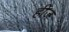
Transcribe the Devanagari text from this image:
हीज